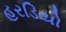
હરડિયો